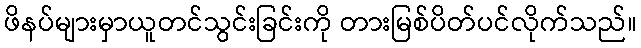
ဖိနပ်များမှာယူတင်သွင်းခြင်းကို တားမြစ်ပိတ်ပင်လိုက်သည်။